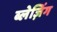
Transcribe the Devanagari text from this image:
ब्लेज़िंग